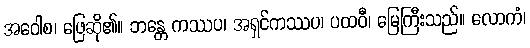
အဝေါစ၊ ဖြေဆို၏။ ဘန္တေ ကဿပ၊ အရှင်ကဿပ၊ ပထဝီ၊ မြေကြီးသည်။ လောကံ၊